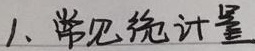
1. 常见统计量